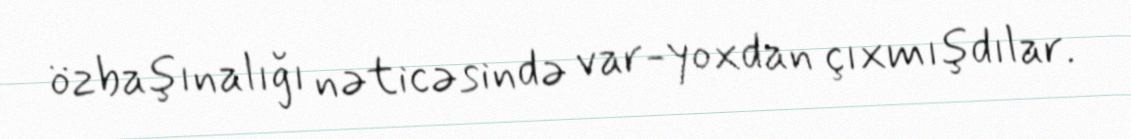
özbaşınalığı nəticəsində var-yoxdan çıxmışdılar.